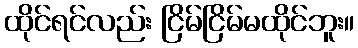
ထိုင်ရင်လည်း ငြိမ်ငြိမ်မထိုင်ဘူး။